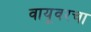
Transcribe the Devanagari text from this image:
वायूवरचा